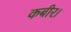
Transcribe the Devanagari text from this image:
कबीर।